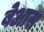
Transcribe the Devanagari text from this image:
बेआस